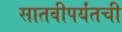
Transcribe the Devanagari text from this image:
सातवीपर्यंतची